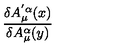
\frac { \delta A _ { \mu } ^ { ' \alpha } ( x ) } { \delta A _ { \mu } ^ { \alpha } ( y ) }